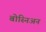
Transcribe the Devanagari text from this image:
बोस्निअन